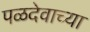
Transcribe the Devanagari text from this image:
पळदेवाच्या